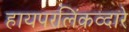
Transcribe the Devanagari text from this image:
हायपरलिंकव्दारे